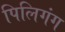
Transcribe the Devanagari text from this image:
पिलिगंग